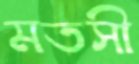
মতসী